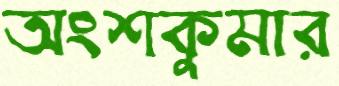
অংশকুমার